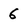
Character: 6